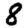
Digit: 8